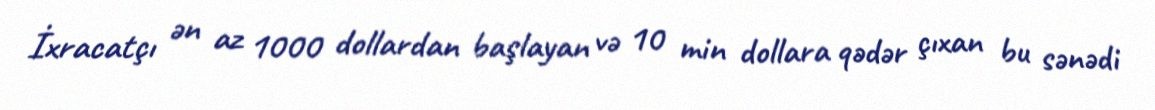
İxracatçı ən az 1000 dollardan başlayan və 10 min dollara qədər çıxan bu sənədi